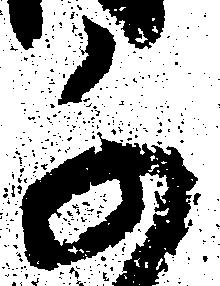
千